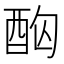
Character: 𮠤